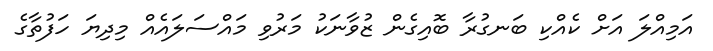
އަމިއްލަ އަށް ކެއްކި ބަނގުރާ ބޮއިގެން ޒުވާނަކު މަރުވި މައްސަލައެއް މިދިޔަ ހަފުތާގެ